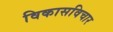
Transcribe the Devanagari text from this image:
विकासविचार